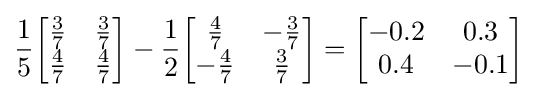
{\frac {1}{5}}{\begin{bmatrix}{\frac {3}{7}}&{\frac {3}{7}}\\{\frac {4}{7}}&{\frac {4}{7}}\end{bmatrix}}-{\frac {1}{2}}{\begin{bmatrix}{\frac {4}{7}}&-{\frac {3}{7}}\\-{\frac {4}{7}}&{\frac {3}{7}}\end{bmatrix}}={\begin{bmatrix}-0.2&0.3\\0.4&-0.1\end{bmatrix}}